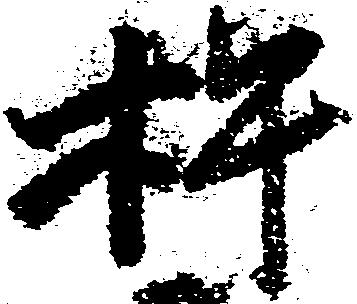
杵